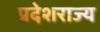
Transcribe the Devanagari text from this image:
प्रदेशराज्य